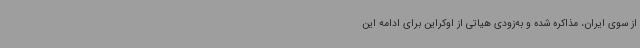
از سوی ایران، مذاکره شده و به‌زودی هیاتی از اوکراین برای ادامه این